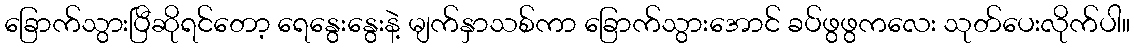
ခြောက်သွားပြီဆိုရင်တော့ ရေနွေးနွေးနဲ့ မျက်နှာသစ်ကာ ခြောက်သွားအောင် ခပ်ဖွဖွကလေး သုတ်ပေးလိုက်ပါ။